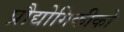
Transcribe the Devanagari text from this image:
प्रौद्योगिकीको